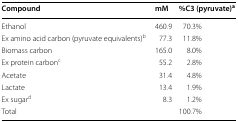
| Compound | mM | %C3 (pyruvate)a |
 | --- | --- | --- |
 | Ethanol | 460.9 | 70.3% |
 | Ex amino acid carbon (pyruvate equivalents)b | 77.3 | 11.8% |
 | Biomass carbon | 165.0 | 8.0% |
 | Ex protein carbonc | 55.2 | 2.8% |
 | Acetate | 31.4 | 4.8% |
 | Lactate | 13.4 | 1.9% |
 | Ex sugard | 8.3 | 1.2% |
 | <COLSPAN=2> Total | 100.7% |